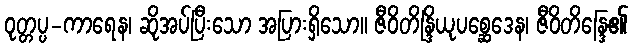
ဝုတ္တပ္ပ-ကာရေန၊ ဆိုအပ်ပြီးသော အပြားရှိသော။ ဇီဝိတိန္ဒြိယုပစ္ဆေဒေန၊ ဇီဝိတိန္ဒြေ၏